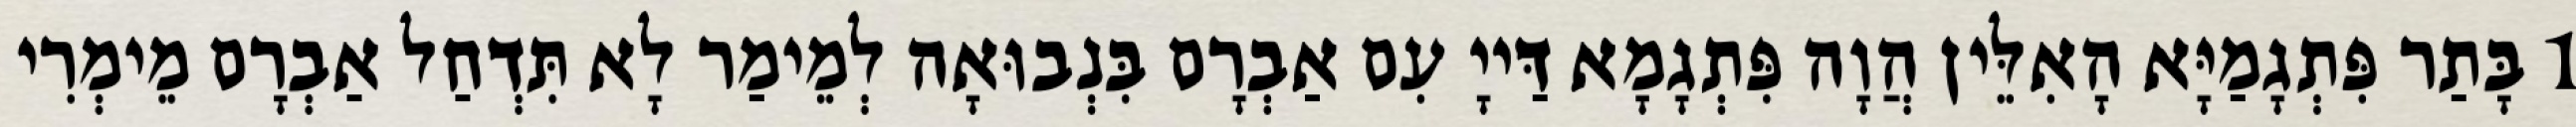
1 בָּתַר פִּתְגָמַיָּא הָאִלֵּין הֲוָה פִּתְגָמָא דַּייָ עִם אַבְרָם בִּנְבוּאָה לְמֵימַר לָא תִּדְחַל אַבְרָם מֵימְרִי